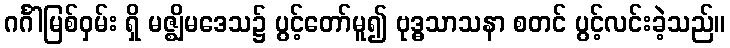
ဂင်္ဂါမြစ်ဝှမ်း ရှိ မဇ္ဈိမဒေသ၌ ပွင့်တော်မူ၍ ဗုဒ္ဓသာသနာ စတင် ပွင့်လင်းခဲ့သည်။